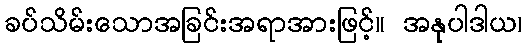
ခပ်သိမ်းသောအခြင်းအရာအားဖြင့်။ အနုပါဒါယ၊